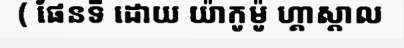
( ផែនទី ដោយ យ៉ាកូម៉ូ ហ្គាស្តាល